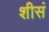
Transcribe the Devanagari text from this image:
शीसं